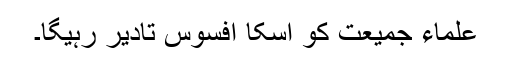
علماء جمیعت کو اسکا افسوس تادیر رہیگا۔